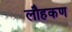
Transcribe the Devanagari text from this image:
लौहकण